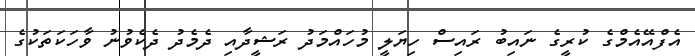
އެފްއޭއެމްގެ ކުރީގެ ނައިބު ރައިސް ހިޔަލީ މުހައްމަދު ރަޝީދާއި ދެމެދު ދެކެވުނު ވާހަކަތަކުގެ